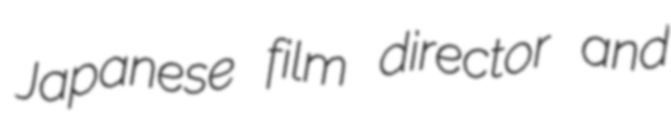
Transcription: Japanese film director and